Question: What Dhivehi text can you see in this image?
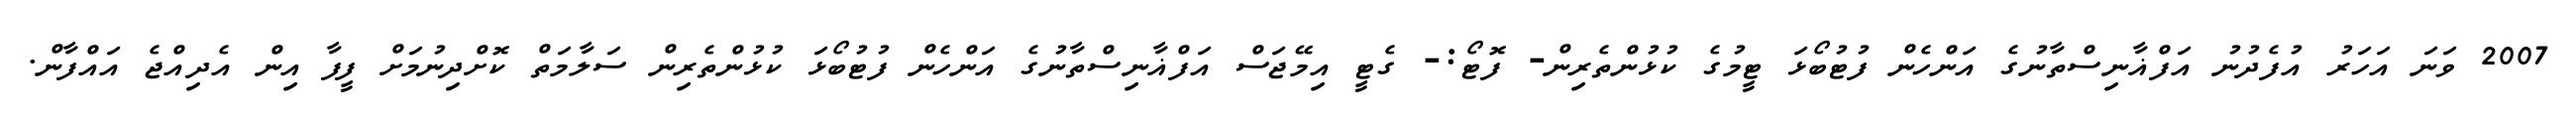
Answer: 2007 ވަނަ އަހަރު އުފެދުނު އަފްޣާނިސްތާނުގެ އަންހެން ފުޓުބޯޅަ ޓީމުގެ ކުޅުންތެރިން- ފޮޓޯ:- ގެޓީ އިމޭޖަސް އަފްޣާނިސްތާނުގެ އަންހެން ފުޓުބޯޅަ ކުޅުންތެރިން ސަލާމަތް ކޮށްދިނުމަށް ފީފާ އިން އެދިއްޖެ އައްފާން.